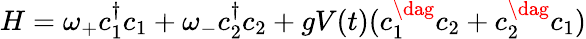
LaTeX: \begin{array}{r}{H=\omega_{+}c_{1}^{\dagger}c_{1}+\omega_{-}c_{2}^{\dagger}c_{2}+gV(t)(c_{1}^{\dag}c_{2}+c_{2}^{\dag}c_{1})}\end{array}